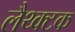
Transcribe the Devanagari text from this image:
लैथ्क्टक